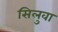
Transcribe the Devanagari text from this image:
सिलुवा